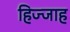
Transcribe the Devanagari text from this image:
हिज्जाह